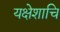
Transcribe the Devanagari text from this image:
यक्षेशाचि